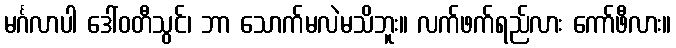
မင်္ဂလာပါ ဒေါ်ဝတီသွင်၊ ဘာ သောက်မလဲမသိဘူး။ လက်ဖက်ရည်လား ကော်ဖီလား။